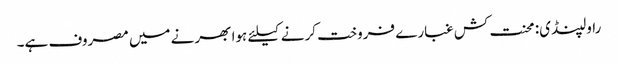
راولپنڈی: محنت کش غبارے فروخت کرنے کیلئے ہوا بھرنے میں مصروف ہے۔